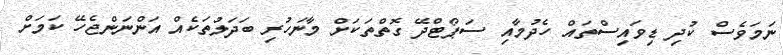
ނަމަވެސް ކުދި ޑިވައިސްތައް ހެދުމާއި ސަޕޯޓްދޭ ގޮތްތަކަށް މާނަހުރި ބަދަލުތަކެއް އަންނަންޖެހޭ ކަމަށް